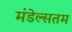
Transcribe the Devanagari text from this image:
मंडेल्सतम